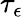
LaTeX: \tau_{\epsilon}